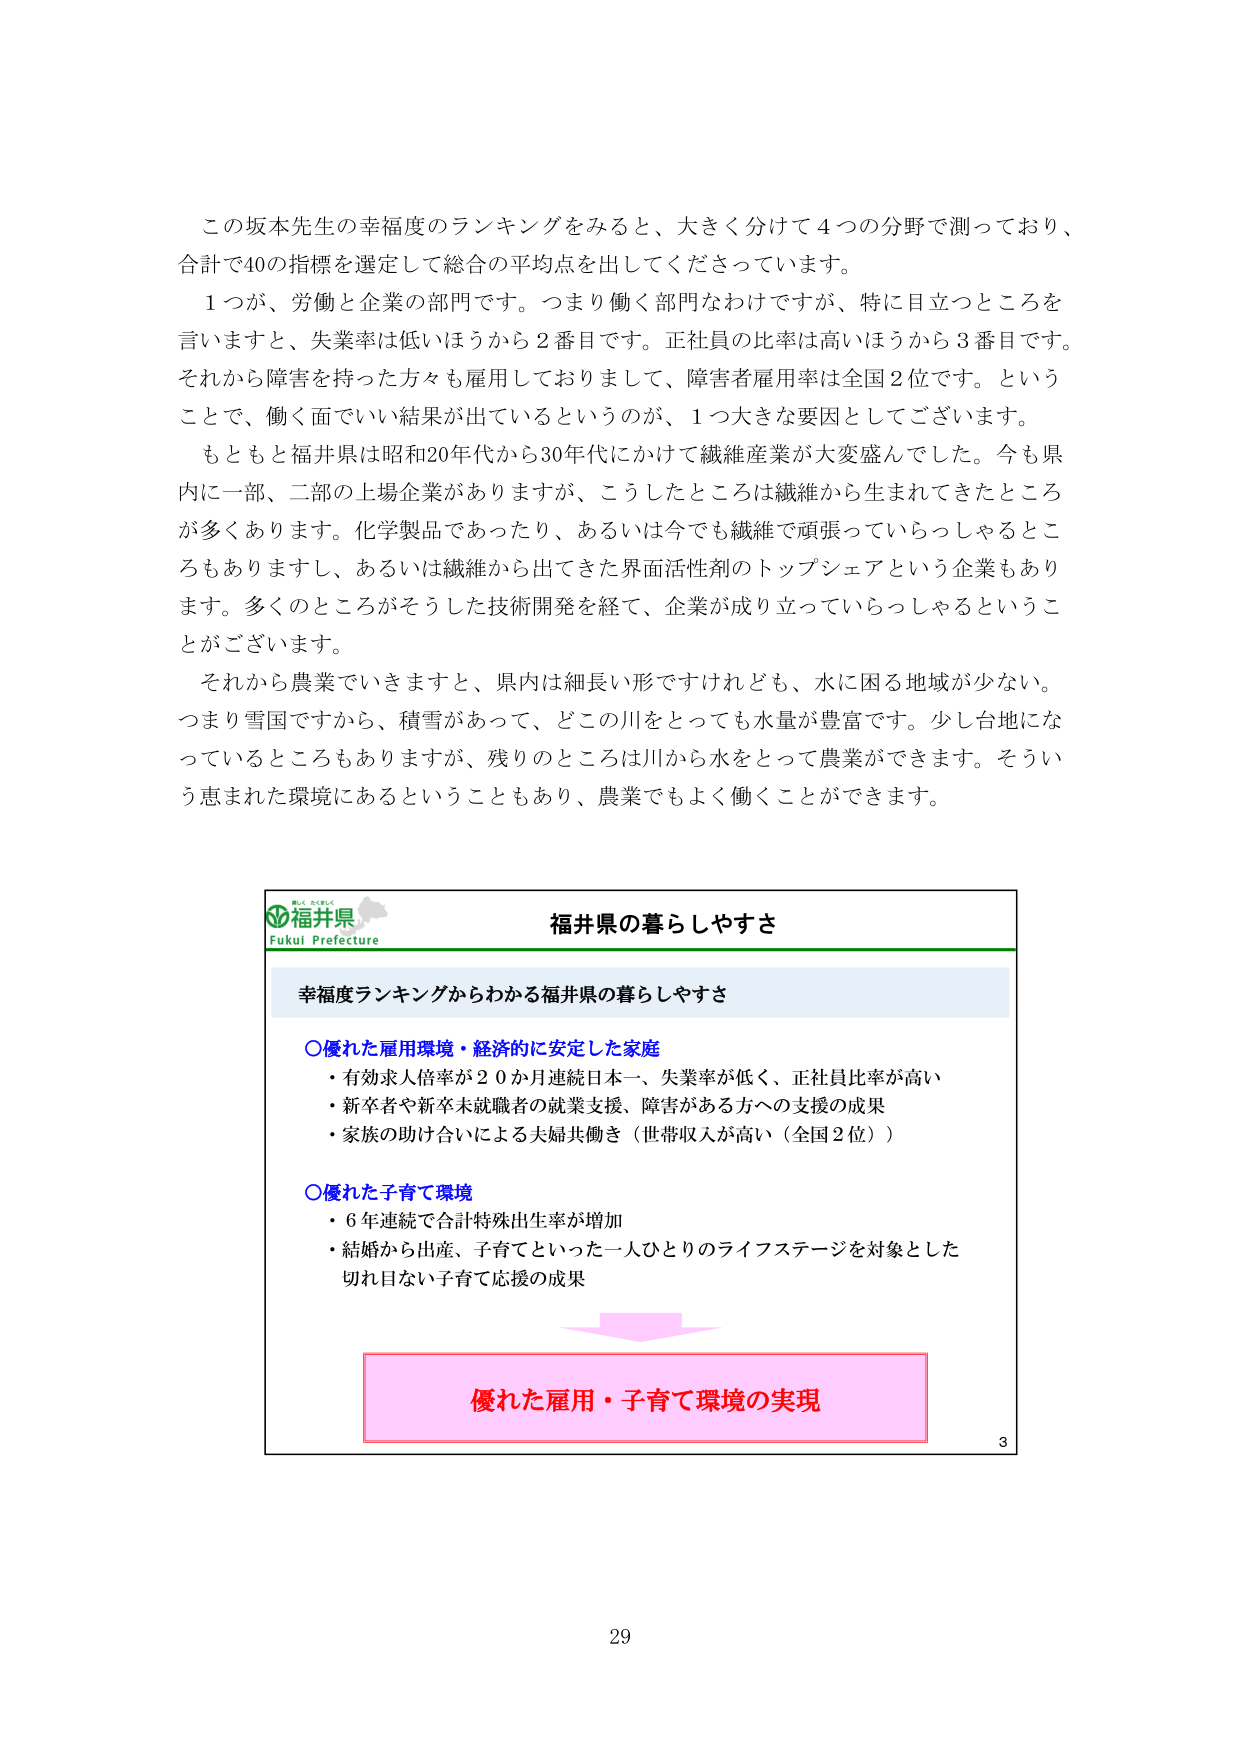
この坂本先生の幸福度のランキングをみると、大きく分けて4つの分野で測っており、
合計で40の指標を選定して総合の平均点を出してくださっています。

1つが、労働と企業の部門です。つまり働く部門なわけですが、特に目立つところを
言いますと、失業率は低いほうから2番目です。正社員の比率は高いほうから3番目です。
それから障害を持った方々も雇用しておりまして、障害者雇用率は全国2位です。という
ことで、働く面でいい結果が出ているというのが、1つ大きな要因としてございます。

もともと福井県は昭和20年代から30年代にかけて繊維産業が大変盛んでした。今も県
内に一部、二部の上場企業がありますが、こうしたところは繊維から生まれてきたところ
が多くあります。化学製品であったり、あるいは今でも繊維で頑張っていらっしゃるところもありますし、あるいは繊維から出てきた界面活性剤のトップシェアという企業もあります。多くのところがそうした技術開発を経て、企業が成り立っていらっしゃるということがございます。

それから農業でいきますと、県内は細長い形ですけれども、水に困る地域が少ない。
つまり雪国ですから、積雪があって、どこの川をとっても水量が豊富です。少し台地になっているところもありますが、残りのところは川から水をとって農業ができます。そういう恵まれた環境にあるということもあり、農業でもよく働くことができます。

福井県
Fukui Prefecture
福井県の暮らしやすさ

幸福度ランキングからわかる福井県の暮らしやすさ

○優れた雇用環境・経済的に安定した家庭
・有効求人倍率が20か月連続日本一、失業率が低く、正社員比率が高い
・新卒者や新卒未就職者の就業支援、障害がある方への支援の成果
・家族の助け合いによる夫婦共働き（世帯収入が高い（全国2位））

○優れた子育て環境
・6年連続で合計特殊出生率が増加
・結婚から出産、子育てといった一人ひとりのライフステージを対象とした
切れ目ない子育て応援の成果

優れた雇用・子育て環境の実現

3
29